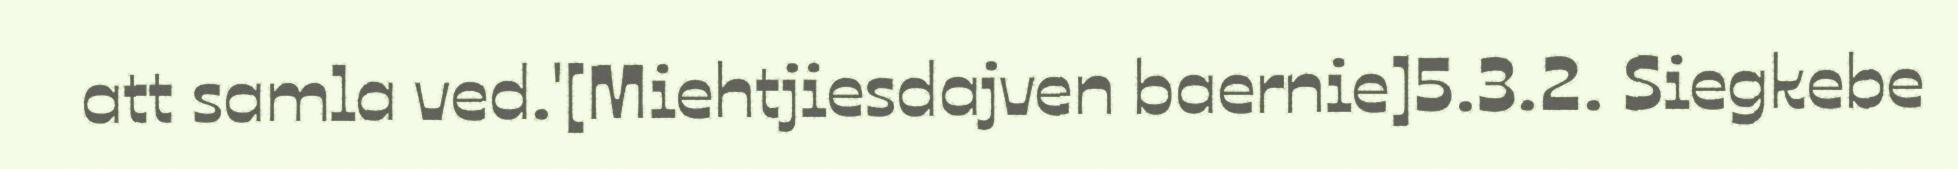
att samla ved.'[Miehtjiesdajven baernie]5.3.2. Siegkebe